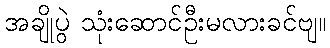
အချိုပွဲ သုံးဆောင်ဦးမလားခင်ဗျ။